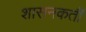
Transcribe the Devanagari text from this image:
शासनकर्ती